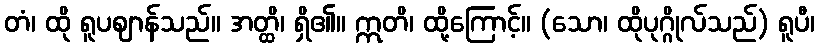
တံ၊ ထို ရူပဈာန်သည်။ အတ္ထိ၊ ရှိ၏။ ဣတိ၊ ထို့ကြောင့်။ (သော၊ ထိုပုဂ္ဂိုလ်သည်) ရူပီ၊